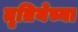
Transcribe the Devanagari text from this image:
तृतियेच्या